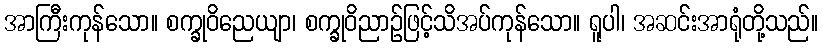
အာကြီးကုန်သော။ စက္ခုဝိညေယျာ၊ စက္ခုဝိညာဉ်ဖြင့်သိအပ်ကုန်သော။ ရူပါ၊ အဆင်းအာရုံတို့သည်။